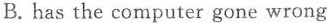
B. has the computer gone wrong